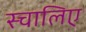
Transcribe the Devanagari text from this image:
स्चालिए